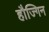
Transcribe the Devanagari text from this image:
हौज्गिन